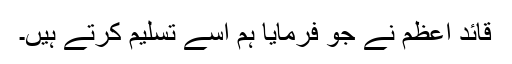
قائد اعظم نے جو فرمایا ہم اسے تسلیم کرتے ہیں۔